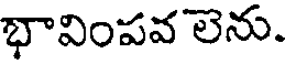
భావింపవ లెను.